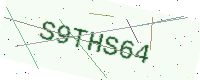
Text: S9THS64